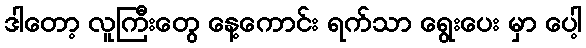
ဒါတော့ လူကြီးတွေ နေ့ကောင်း ရက်သာ ရွေးပေး မှာ ပေါ့